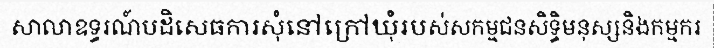
សាលាឧទ្ធរណ៍បដិសេធការសុំនៅក្រៅឃុំរបស់សកម្មជនសិទ្ធិមនុស្សនិងកម្មករ